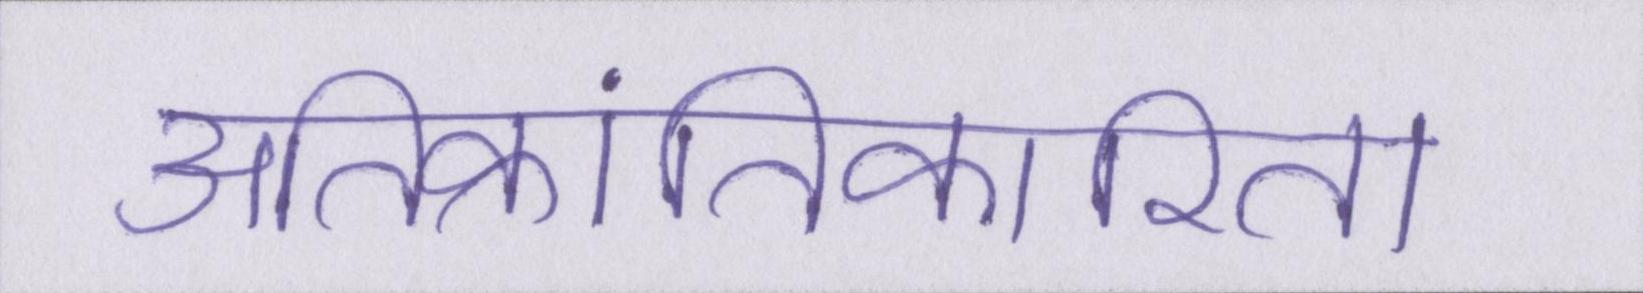
अतिक्रांतिकारिता